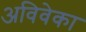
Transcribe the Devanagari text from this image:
अविवेका